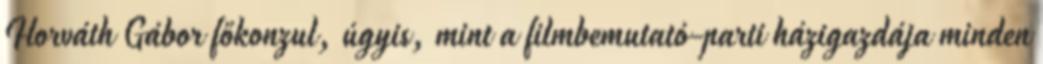
Horváth Gábor főkonzul, úgyis, mint a filmbemutató-parti házigazdája minden